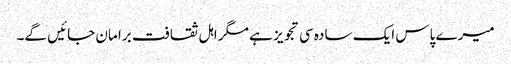
میرے پاس ایک سادہ سی تجویز ہے مگر اہل ثقافت برا مان جائیں گے۔